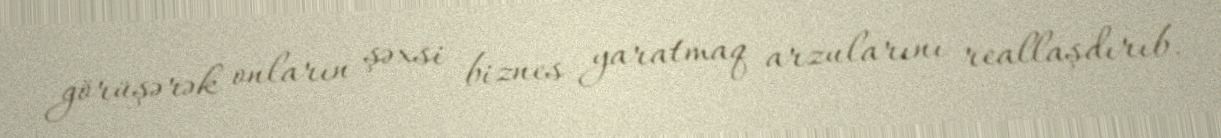
görüşərək onların şəxsi biznes yaratmaq arzularını reallaşdırıb.